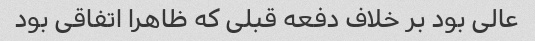
عالی بود بر خلاف دفعه قبلی که ظاهرا اتفاقی بود